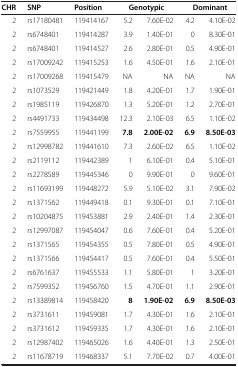
<table><thead><tr><td><b>CHR</b></td><td>[EMPTY_CELL]</td><td><b>SNP</b></td><td><b>Position</b></td><td colspan="2"><b>Genotypic</b></td><td colspan="2"><b>Dominant</b></td></tr></thead><tbody><tr><td>2</td><td>[EMPTY_CELL]</td><td>rs17180481</td><td>119414167</td><td>5.2</td><td>7.60E-02</td><td>4.2</td><td>4.10E-02</td></tr><tr><td>2</td><td>[EMPTY_CELL]</td><td>rs6748401</td><td>119414287</td><td>3.9</td><td>1.40E-01</td><td>0</td><td>8.30E-01</td></tr><tr><td>2</td><td>[EMPTY_CELL]</td><td>rs6748401</td><td>119414527</td><td>2.6</td><td>2.80E-01</td><td>0.5</td><td>4.90E-01</td></tr><tr><td>2</td><td>[EMPTY_CELL]</td><td>rs17009242</td><td>119415253</td><td>1.6</td><td>4.50E-01</td><td>1.6</td><td>2.10E-01</td></tr><tr><td>2</td><td>[EMPTY_CELL]</td><td>rs17009268</td><td>119415479</td><td>NA</td><td>NA</td><td>NA</td><td>NA</td></tr><tr><td>2</td><td>[EMPTY_CELL]</td><td>rs1073529</td><td>119421449</td><td>1.8</td><td>4.20E-01</td><td>1.7</td><td>1.90E-01</td></tr><tr><td>2</td><td>[EMPTY_CELL]</td><td>rs1985119</td><td>119426870</td><td>1.3</td><td>5.20E-01</td><td>1.2</td><td>2.70E-01</td></tr><tr><td>2</td><td>[EMPTY_CELL]</td><td>rs4491733</td><td>119434498</td><td>12.3</td><td>2.10E-03</td><td>6.5</td><td>1.10E-02</td></tr><tr><td>2</td><td>[EMPTY_CELL]</td><td>rs7559955</td><td>119441199</td><td><b>7.8</b></td><td><b>2.00E-02</b></td><td><b>6.9</b></td><td><b>8.50E-03</b></td></tr><tr><td>2</td><td>[EMPTY_CELL]</td><td>rs12998782</td><td>119441610</td><td>7.3</td><td>2.60E-02</td><td>6.5</td><td>1.10E-02</td></tr><tr><td>2</td><td>[EMPTY_CELL]</td><td>rs2119112</td><td>119442389</td><td>1</td><td>6.10E-01</td><td>0.4</td><td>5.10E-01</td></tr><tr><td>2</td><td>[EMPTY_CELL]</td><td>rs2278589</td><td>119445346</td><td>0</td><td>9.90E-01</td><td>0</td><td>9.60E-01</td></tr><tr><td>2</td><td>[EMPTY_CELL]</td><td>rs11693199</td><td>119448272</td><td>5.9</td><td>5.10E-02</td><td>3.1</td><td>7.90E-02</td></tr><tr><td>2</td><td>[EMPTY_CELL]</td><td>rs1371562</td><td>119449418</td><td>0.1</td><td>9.30E-01</td><td>0.1</td><td>7.10E-01</td></tr><tr><td>2</td><td>[EMPTY_CELL]</td><td>rs10204875</td><td>119453881</td><td>2.9</td><td>2.40E-01</td><td>1.4</td><td>2.30E-01</td></tr><tr><td>2</td><td>[EMPTY_CELL]</td><td>rs12997087</td><td>119454047</td><td>0.6</td><td>7.60E-01</td><td>0.4</td><td>5.20E-01</td></tr><tr><td>2</td><td>[EMPTY_CELL]</td><td>rs1371565</td><td>119454355</td><td>0.5</td><td>7.80E-01</td><td>0.5</td><td>4.90E-01</td></tr><tr><td>2</td><td>[EMPTY_CELL]</td><td>rs1371566</td><td>119454417</td><td>0.5</td><td>7.60E-01</td><td>0.4</td><td>5.50E-01</td></tr><tr><td>2</td><td>[EMPTY_CELL]</td><td>rs6761637</td><td>119455533</td><td>1.1</td><td>5.80E-01</td><td>1</td><td>3.20E-01</td></tr><tr><td>2</td><td>[EMPTY_CELL]</td><td>rs7599352</td><td>119456760</td><td>1.5</td><td>4.70E-01</td><td>1.1</td><td>2.90E-01</td></tr><tr><td>2</td><td>[EMPTY_CELL]</td><td>rs13389814</td><td>119458420</td><td><b>8</b></td><td><b>1.90E-02</b></td><td><b>6.9</b></td><td><b>8.50E-03</b></td></tr><tr><td>2</td><td>[EMPTY_CELL]</td><td>rs3731611</td><td>119459081</td><td>1.7</td><td>4.30E-01</td><td>1.6</td><td>2.10E-01</td></tr><tr><td>2</td><td>[EMPTY_CELL]</td><td>rs3731612</td><td>119459335</td><td>1.7</td><td>4.30E-01</td><td>1.6</td><td>2.10E-01</td></tr><tr><td>2</td><td>[EMPTY_CELL]</td><td>rs12987402</td><td>119465026</td><td>1.6</td><td>4.40E-01</td><td>1.3</td><td>2.50E-01</td></tr><tr><td>2</td><td>[EMPTY_CELL]</td><td>rs11678719</td><td>119468337</td><td>5.1</td><td>7.70E-02</td><td>0.7</td><td>4.00E-01</td></tr></tbody></table>